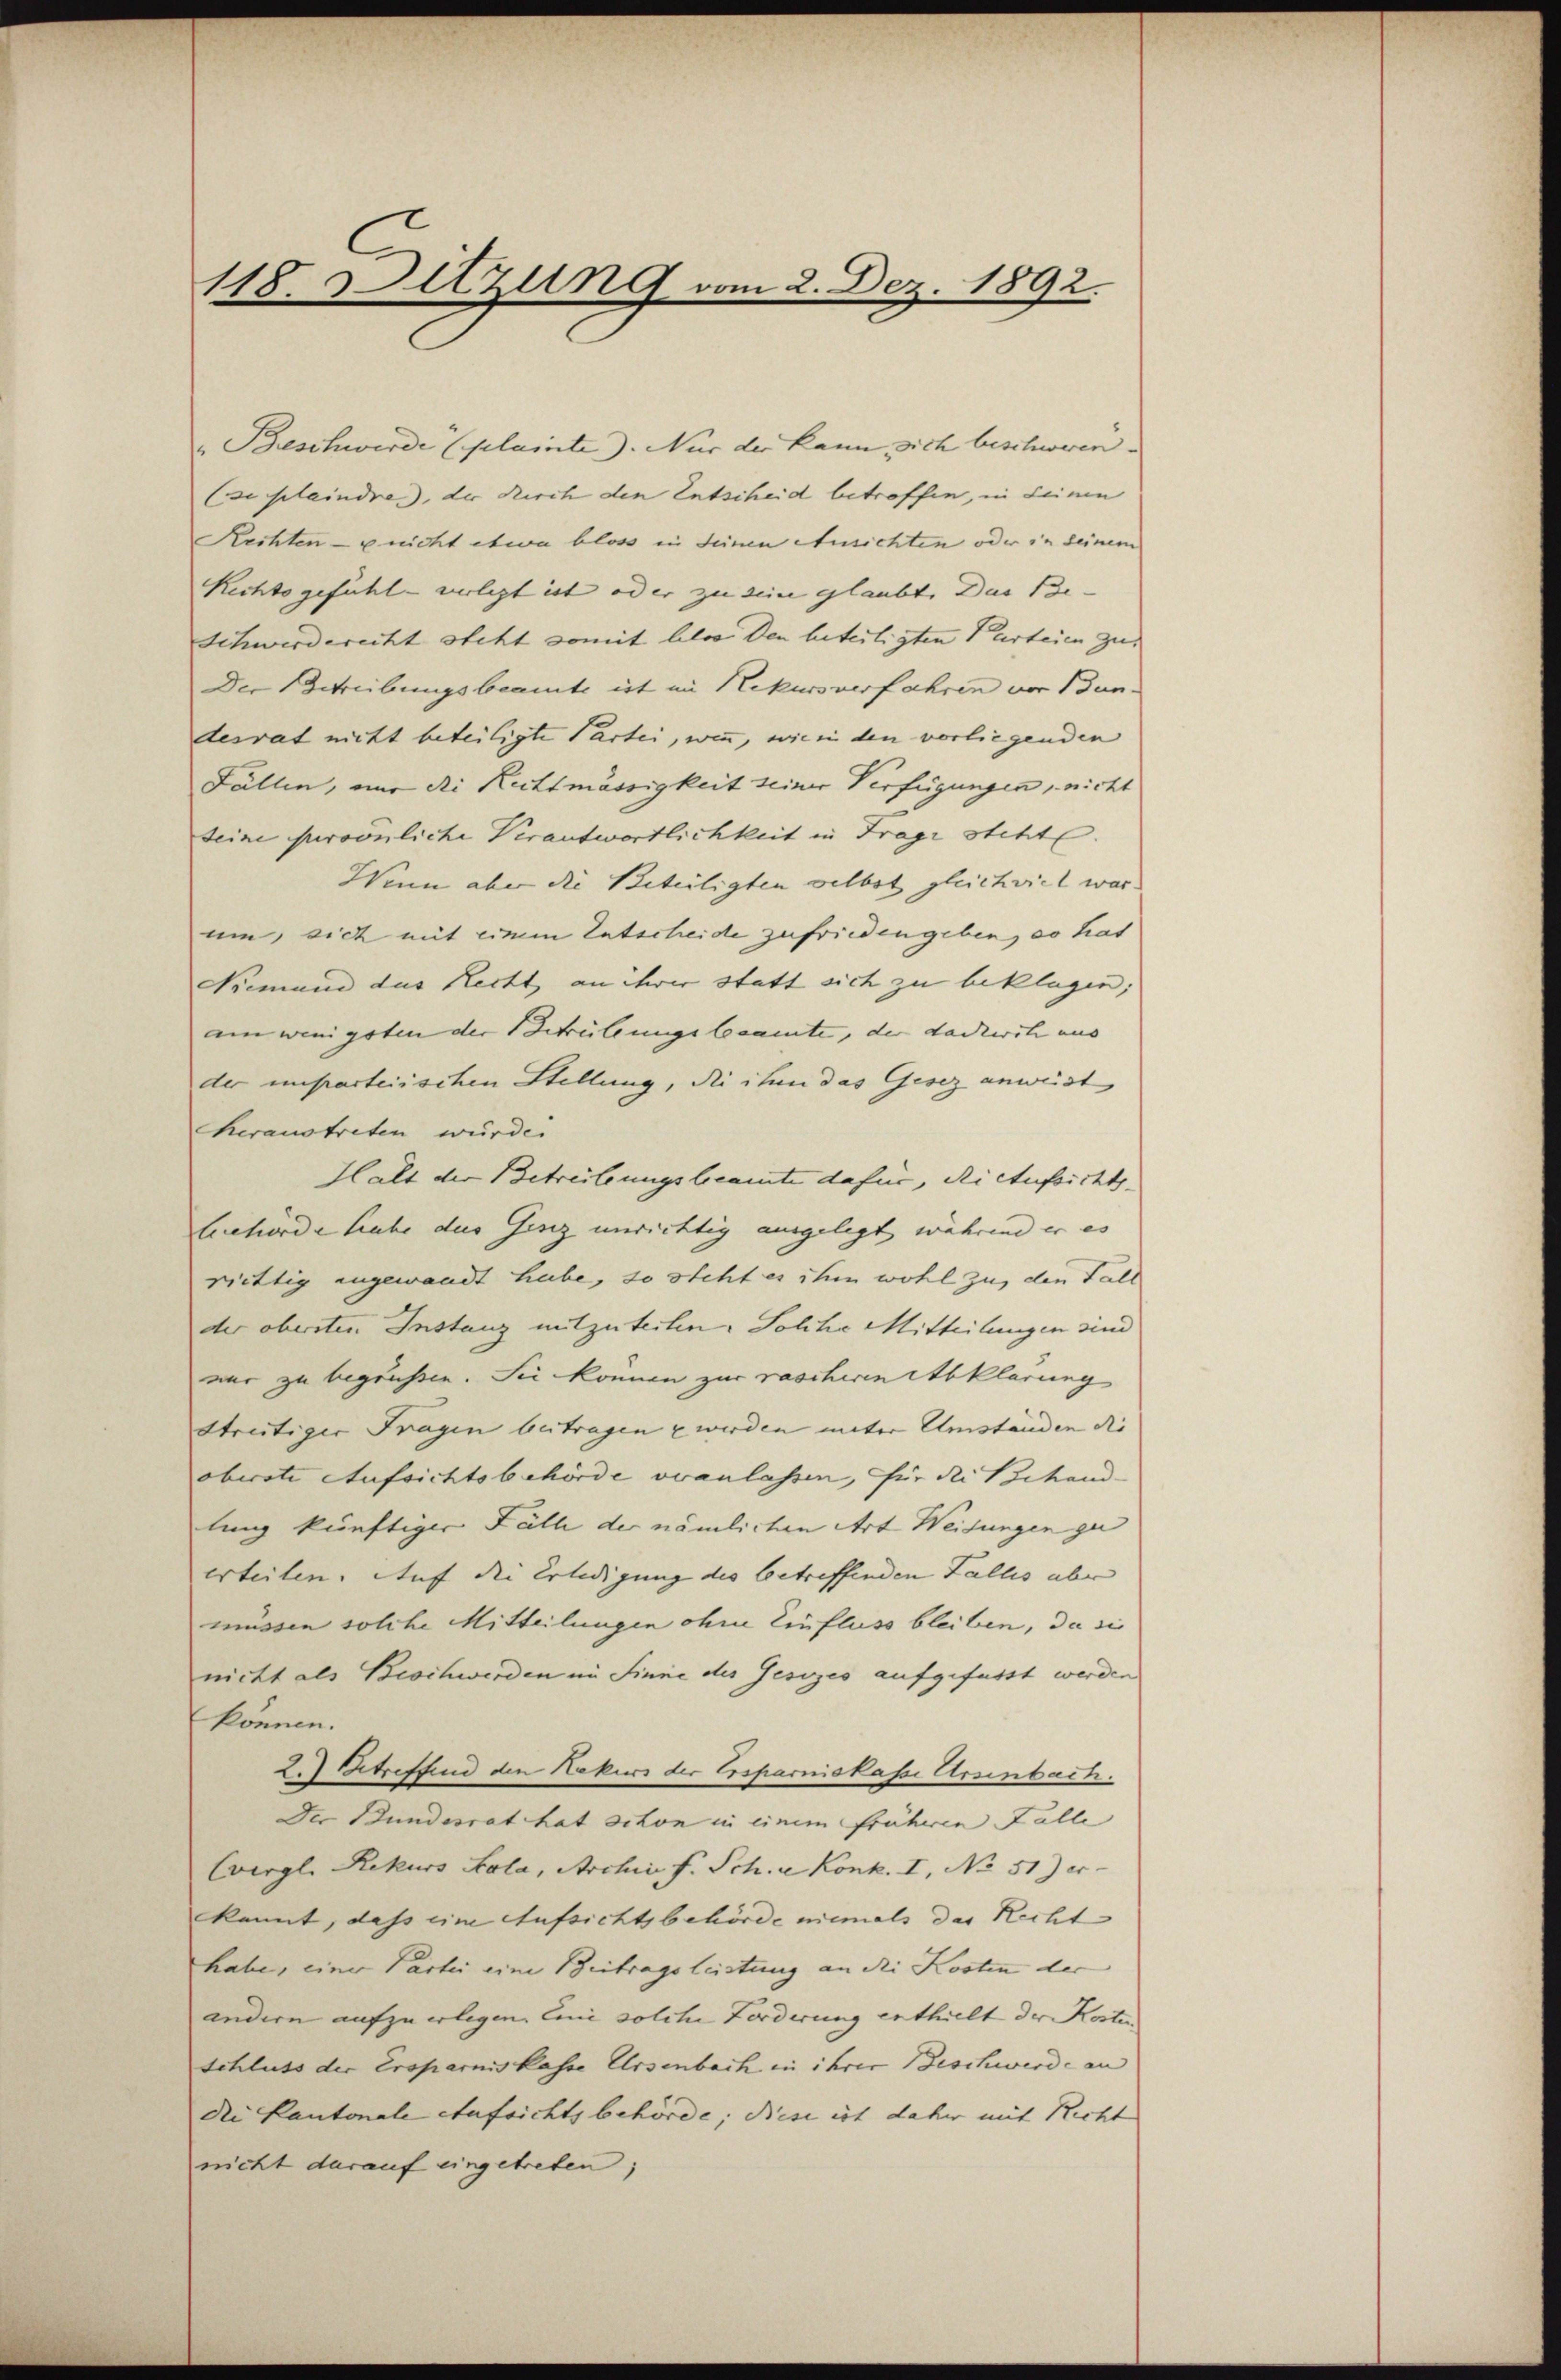
118. Sitzung vom 2. Dez. 1892.

"Beschwerde (plainte). Nur der kann sich beschweren¬
(seplaindre, der durch den Entscheid betroffen, in deinen
Rechten - nicht etwa bloss in seinen Ausichten oder in seinem
Rechtsgefühl - verlegt ist oder zu sein glaubt. Das Be-
Schwerderecht steht somit bloss den beteiligten Parteien zu
Der Schreibungsbeamte ist im Rekursverfahren von Bun-
desrat nicht beteiligte Partei, wenn, wie in den vorliegenden
Fällen, nur die Rechtmässigkeit seiner Verfügungen, nicht
teine persönliche Verantwortlichkeit in Frage steht.
Wenn aber die Beteiligten selbst gleichviel war.
um, sich mit einem Entscheide zufrieden geben, so hat
Niemand das Recht an ihrer statt sich zu beklagen;
am wenigsten der Betrübungsbeamte, der dadurch uns
der unparteiischen Stellung, die ihm das Gesez anweist
heraustreten würde.
Halt der Betreibungsbeamte dafür, die Aufsicht
behörde habe des Gesig unrichtig ausgelegt während er es
richtig angewandt habe, so steht es ihm wohl zu, den Fall
der obersten Instanz mitzuteilen. Solche Mitteilungen sind
mir zu begrüßen. Sie können zur raschien Abklärung
streitiger Fragen betragen u werden meter Umständen die
oberste Aufsichtsbehörde veranlassen, für die Behand-
lung künftiger Fälle der nämlichen Art Weidungen gu
erteilen. Auf die Erledigung des betreffenden Fallis aber
müssen solche Mitteilungen ohne Einfluss bleiben, da si
nicht als Beschwerden im Sinne des Gesezes aufgefasst werden
können.
2.) Betreffend den Rekurs der Ersparniskasse Arsenbach.
Der Bundesrat hat schon in einem früheren Falle
Cvergl. Rekurs Sola, Archiv f. Sch. Konk. I, No 51) er
kannt, dass eine Aufsichtsbehörde niemals das Recht
habe, einer Partei eine Beitragsleistung an die Kosten der
andern aufzuerlegen. Eine solche Forderung enthielt der Kosten
schluss der Ersparnis kasse Ursenbach in ihrer Beschwerde an
die Kantonale Aufsichtsbehörde; diese ist daher mit Recht
nicht darauf eingetreten;